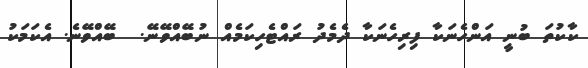
ކާކުތަ ބުނީ އަންހެނަކާ ފިރިހެނަކާ ދެމެދު ރައްޓެހިކަމެއް ނުބޭއްވޭނޭ.  ބޭއްވޭނެ. އެކަމަކު